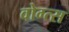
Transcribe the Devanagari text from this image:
वोग्त्स